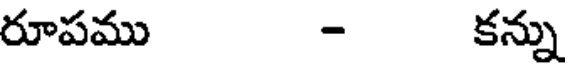
రూపము - కన్ను